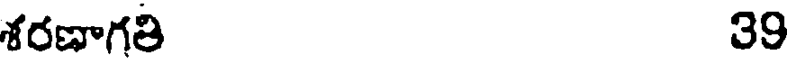
శరణాగతి 39